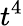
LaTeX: t^{4}